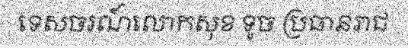
ទេសចរណ៍លោកសុខ ទូច ប្រធានរាជ